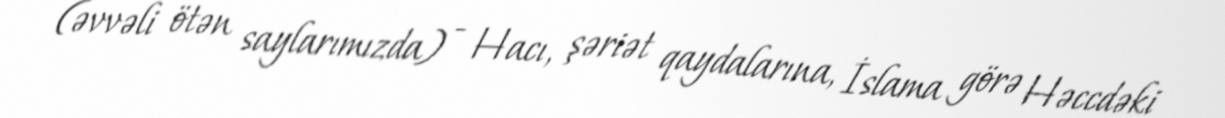
(əvvəli ötən saylarımızda) - Hacı, şəriət qaydalarına, İslama görə Həccdəki